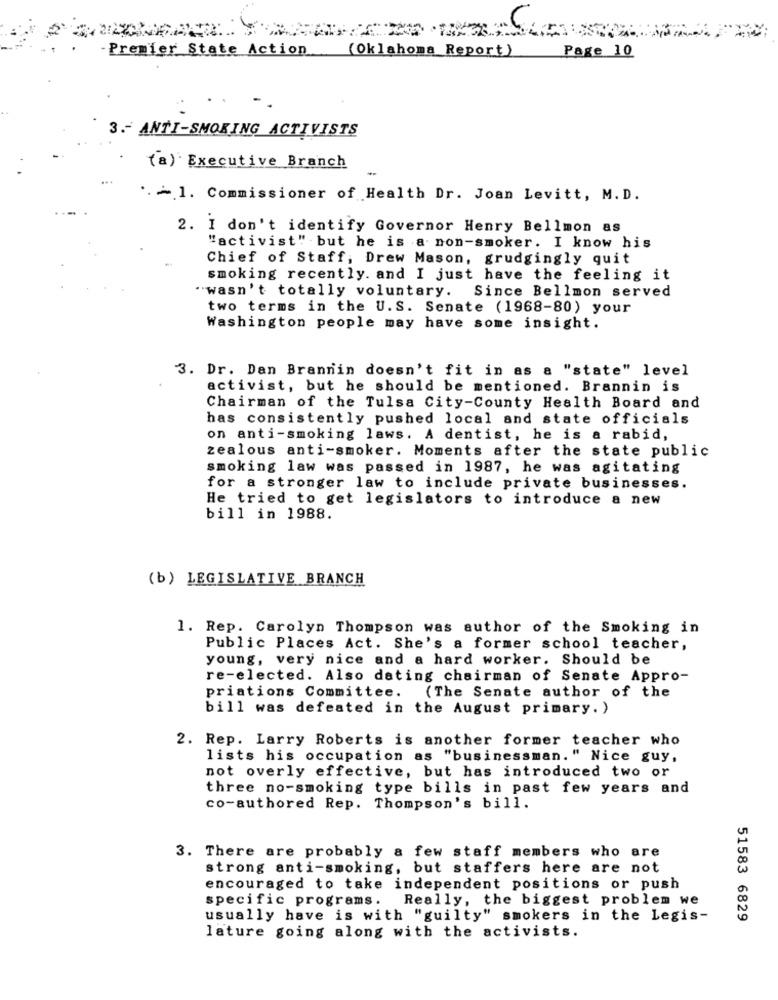
Premier State Action
Page 10
(Oklahoma_Report)
3 .- ANTI-SMOKING ACTIVISTS
(a) Executive Branch
.- 1. Commissioner of Health Dr. Joan Levitt, M. D.
2. I don't identify Governor Henry Bellmon as
"activist" but he is a non-smoker. I know his
Chief of Staff, Drew Mason, grudgingly quit
smoking recently. and I just have the feeling it
"wasn't totally voluntary. Since Bellmon served
two terms in the U.S. Senate (1968-80) your
Washington people may have some insight.
3. Dr. Dan Brannin doesn't fit in as a "state" level
activist, but he should be mentioned. Brannin is
Chairman of the Tulsa City-County Health Board and
has consistently pushed local and state officials
on anti-smoking laws. A dentist, he is a rabid,
zealous anti-smoker. Moments after the state public
smoking law was passed in 1987, he was agitating
for a stronger law to include private businesses.
He tried to get legislators to introduce a new
bill in 1988.
(b) LEGISLATIVE BRANCH
1. Rep. Carolyn Thompson was author of the Smoking in
Public Places Act. She's a former school teacher,
young, very nice and a hard worker. Should be
re-elected. Also dating chairman of Senate Appro-
priations Committee.
(The Senate author of the
bill was defeated in the August primary. )
2. Rep. Larry Roberts is another former teacher who
lists his occupation as "businessman." Nice guy,
not overly effective, but has introduced two or
three no-smoking type bills in past few years and
co-authored Rep. Thompson's bill.
3. There are probably a few staff members who are
strong anti-smoking, but staffers here are not
encouraged to take independent positions or push
specific programs.
Really, the biggest problem we
usually have is with "guilty" smokers in the Legis-
51583 6829
lature going along with the activists.